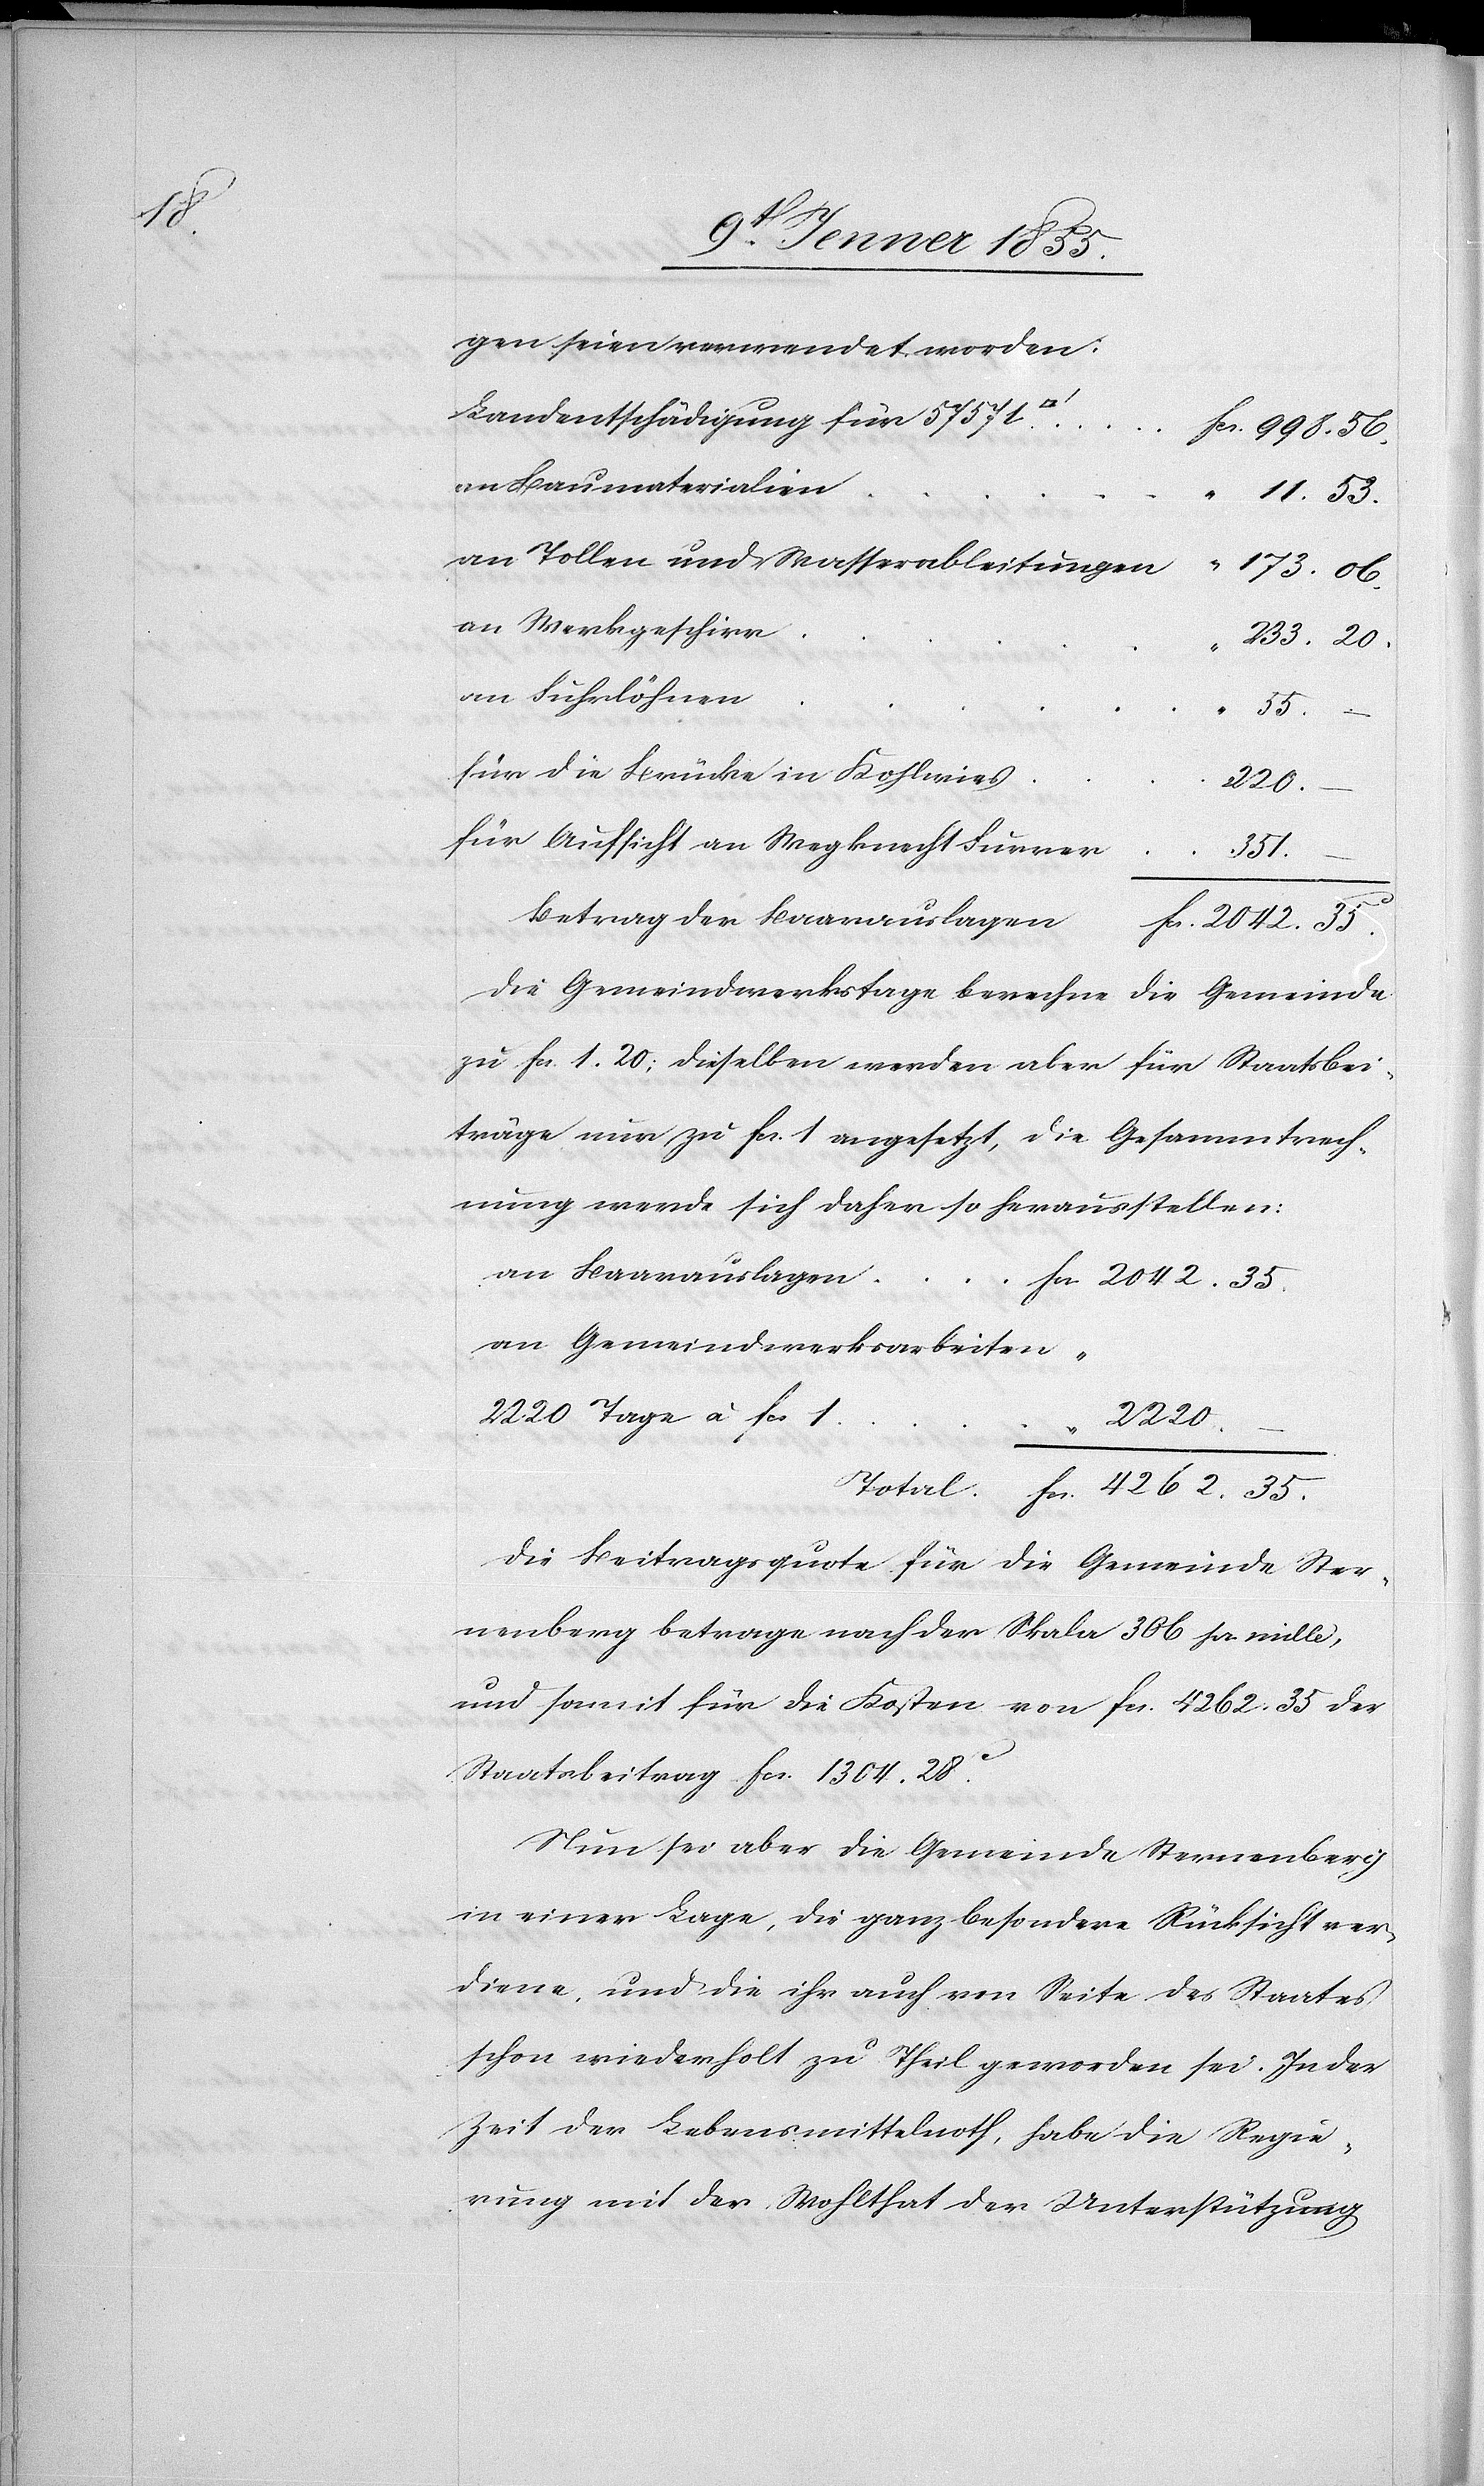
Fcs.

gen seien verwendet worden:
Landentschädigung für 57 571
Fcs. 998. 56.
an Baumaterialien
“
4262. 35.
an Tollen und Wasserableitungen
173. 06.
an Werkgeschirr
233. 20.
an Fuhrlöhnen
“ 55. –
für die Brücke in Kohlwies
220.
für Aufsicht an Wegknecht Furrer
351.
Betrag der Baarauslagen
Fcs. 2042. 35.
Die Gemeindwerkstage berechne die Gemeinde
zu Fcs. 1. 20; dieselben werden aber für Staatsbei¬
träge nur zu Fcs. 1 angesetzt, die Gesammtrech¬
nung werde sich daher so herausstellen:
an Baarauslagen
Fcs. 2042. 35.
an Gemeindwerksarbeiten
2220 Tage à Fcs 1
2220.
–
Die Beitragsquote für die Gemeinde Ster¬
nenberg betrage nach der Skala 306 pr. mille,
und somit für die Kosten von Fcs. 4262. 35 der
Staatsbeitrag Fcs. 1304. 28C.
Nun sei aber die Gemeinde Sternenberg
in einer Lage, die ganz besondere Rücksicht ver¬
diene, und die ihr auch von Seite des Staates
schon wiederholt zu Theil geworden sei. In der
Zeit der Lebensmittelnoth, habe die Regie¬
rung mit der Wohlthat der Unterstützung